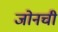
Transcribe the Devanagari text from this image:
जोनची